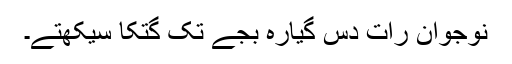
نوجوان رات دس گیارہ بجے تک گتکا سیکھتے۔